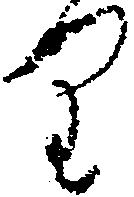
り